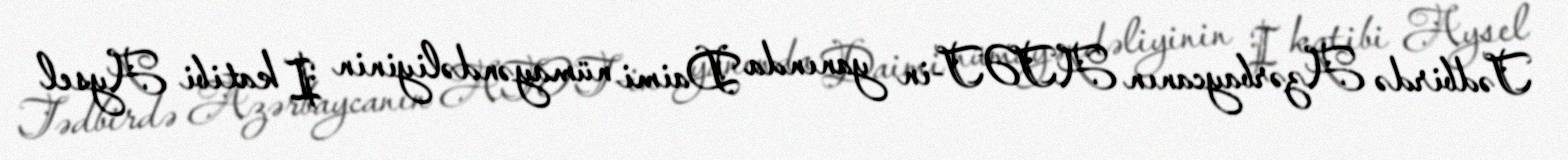
Tədbirdə Azərbaycanın ATƏT-in yanında Daimi nümayəndəliyinin I katibi Aysel